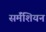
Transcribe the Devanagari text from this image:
सर्मॅशियन